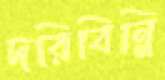
দরিবিন্নি